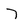
Character: 7